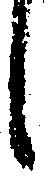
し